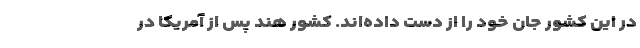
در این کشور جان خود را از دست داده‌‌اند. کشور هند پس از آمریکا در